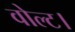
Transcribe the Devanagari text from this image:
वोल्ट।